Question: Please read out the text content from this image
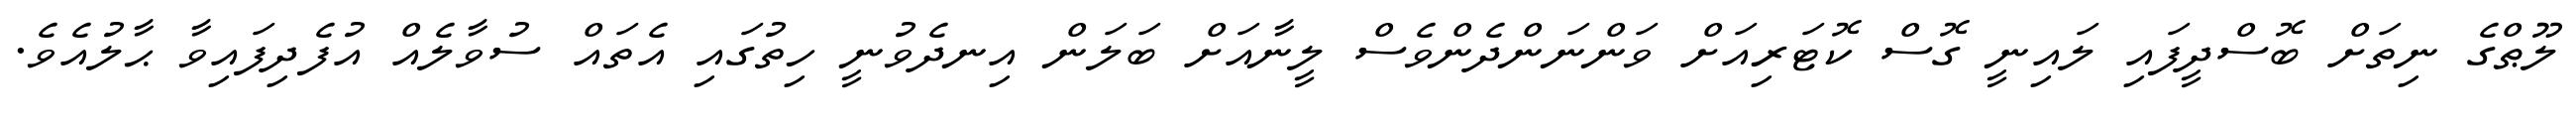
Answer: ލޫޠްގެ ނިތަށް ބޮސްދީފައި ލައިނީ ގޮސް ކޮޓަރިއަށް ވަންނަންދެންވެސް ލީނާއަށް ބަލަން އިނދެވުނީ ހިތުގައި އެތައް ސުވާލެއް އުފެދިފައިވާ ޙާލުއެވެ.